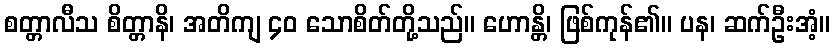
စတ္တာလီသ စိတ္တာနိ၊ အတိကျ ၄၀ သောစိတ်တို့သည်။ ဟောန္တိ၊ ဖြစ်ကုန်၏။ ပန၊ ဆက်ဦးအံ့။